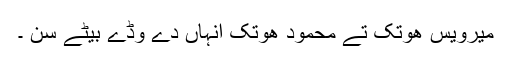
میرویس ھوتک تے محمود ھوتک انہاں دے وڈے بیٹے سن ۔